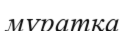
мұратқа